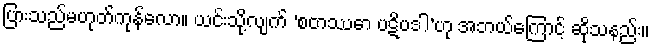
ပြားသည်မဟုတ်ကုန်လော။ ယင်းသို့လျက် ‘စတဿော ပဋိပဒါ’ဟု အဘယ်ကြောင့် ဆိုသနည်း။